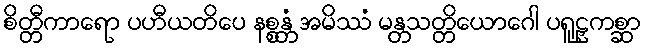
စိတ္တီကာရော ပဟီယတိပေ နစ္စန္တံ အမိဿံ မန္တသတ္တိယောဂေါ ပရူဠှကစ္ဆာ